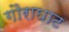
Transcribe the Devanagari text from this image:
गौराघाट